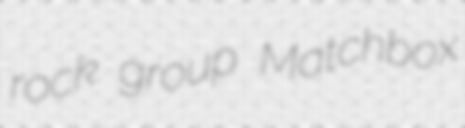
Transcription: rock group Matchbox